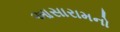
આસારામનો